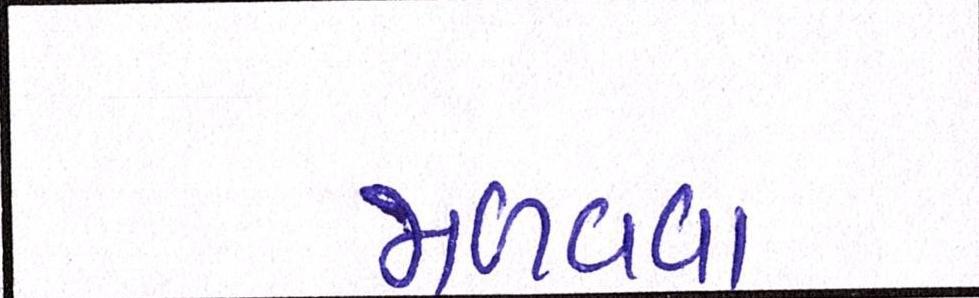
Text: જાળવવા